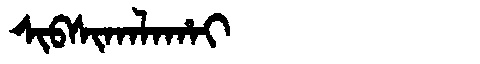
Manchu: ᠰᡳᠪᠰᡳᡴᠠᠯᠠᡥᠠᡳ
Romanization: SIBSIKALAHAI